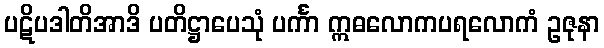
ပဋိပဒါတိအာဒိ ပတိဋ္ဌာပေသုံ ပင်္ကာ ဣဓလောကပရလောကံ ဥဇုနာ